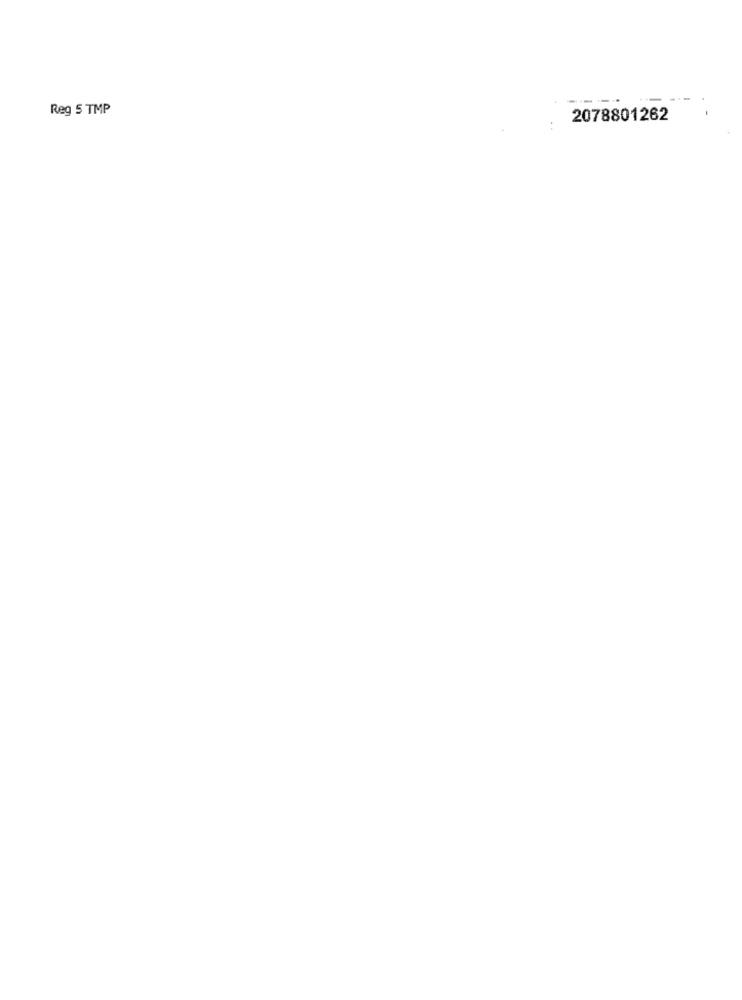
Reg 5 TMP
--
2078801262